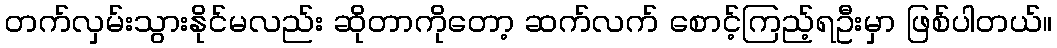
တက်လှမ်းသွားနိုင်မလည်း ဆိုတာကိုတော့ ဆက်လက် စောင့်ကြည့်ရဦးမှာ ဖြစ်ပါတယ်။